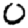
Digit: 0